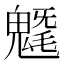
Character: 𩳯